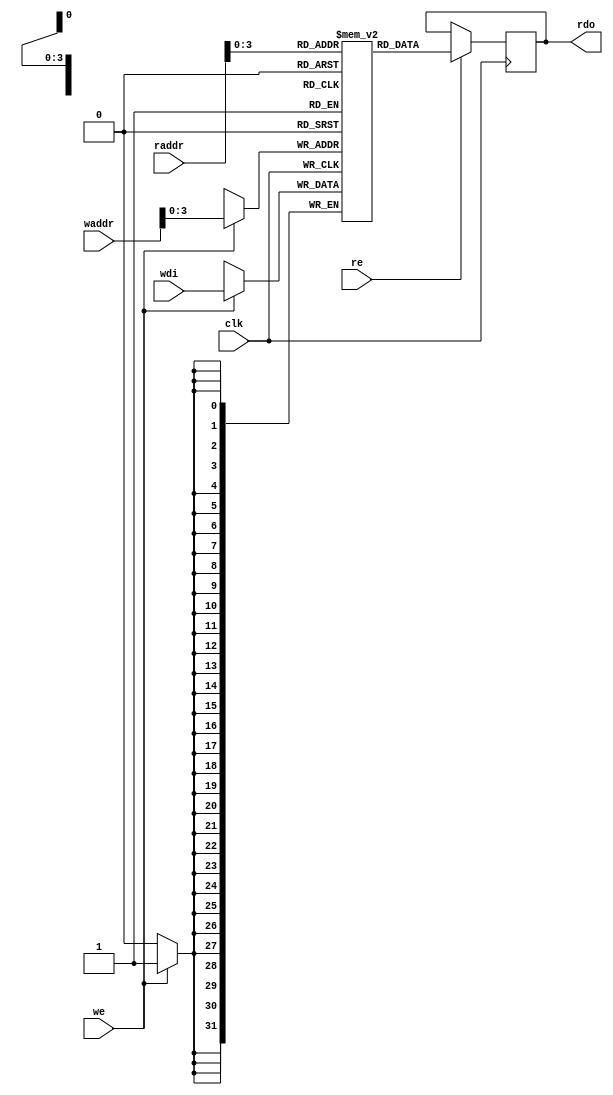
// bram behavior code (can't be synthesis)
// 11 words
/*
module bram11 
(
    CLK,
    WE,
    EN,
    Di,
    Do,
    A
);

    input   wire            CLK;
    input   wire    [3:0]   WE;
    input   wire            EN;
    input   wire    [31:0]  Di;
    output  wire    [31:0]  Do;
    input   wire    [11:0]   A; 

    //  11 words
	reg [31:0] RAM[0:10];
    reg [11:0] r_A;

    always @(posedge CLK) begin
        r_A <= A;
    end

    assign Do = {32{EN}} & RAM[r_A>>2];    // read

    reg [31:0] Temp_D;
    always @(posedge CLK) begin
        if(EN) begin
	        if(WE[0]) RAM[A>>2][7:0] <= Di[7:0];
            if(WE[1]) RAM[A>>2][15:8] <= Di[15:8];
            if(WE[2]) RAM[A>>2][23:16] <= Di[23:16];
            if(WE[3]) RAM[A>>2][31:24] <= Di[31:24];
        end
    end

endmodule
*/
module bram11 (clk, we, re, waddr, raddr, wdi, rdo);
    parameter ADDR_WIDTH = 12;
    parameter SIZE = 11;
    parameter BIT_WIDTH = 32;
    input                          clk;
    input                          we, re;
    input [ADDR_WIDTH-1:0]         waddr, raddr;
    input [BIT_WIDTH-1:0]          wdi;
    output reg [BIT_WIDTH-1:0]     rdo;
    reg [BIT_WIDTH-1:0] RAM [SIZE-1:0];
    
    always @(posedge clk)begin
        if(re) rdo <= RAM[raddr];
    end
    
    always @(posedge clk)begin
        if(we) RAM[waddr] <= wdi;
    end
    
endmodule